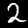
Label: 2